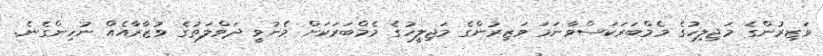
ވަޒިރުންގެ މަޖިލިހުގެ މެމްބަރަކަސްވާނަމަ ވަޒިރުންގެ މަޖިލީހުގެ މެމްބަރަކަށް މެނުވީ ދަވްލަތުގެ ވުޒާރާއެއް ނުހިންގެނެ.